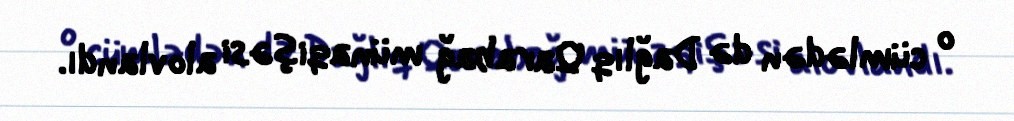
o cümlədən də Dağlıq Qarabağ münaqişəsi alovlandı.